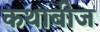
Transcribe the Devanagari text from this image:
कथाबीज